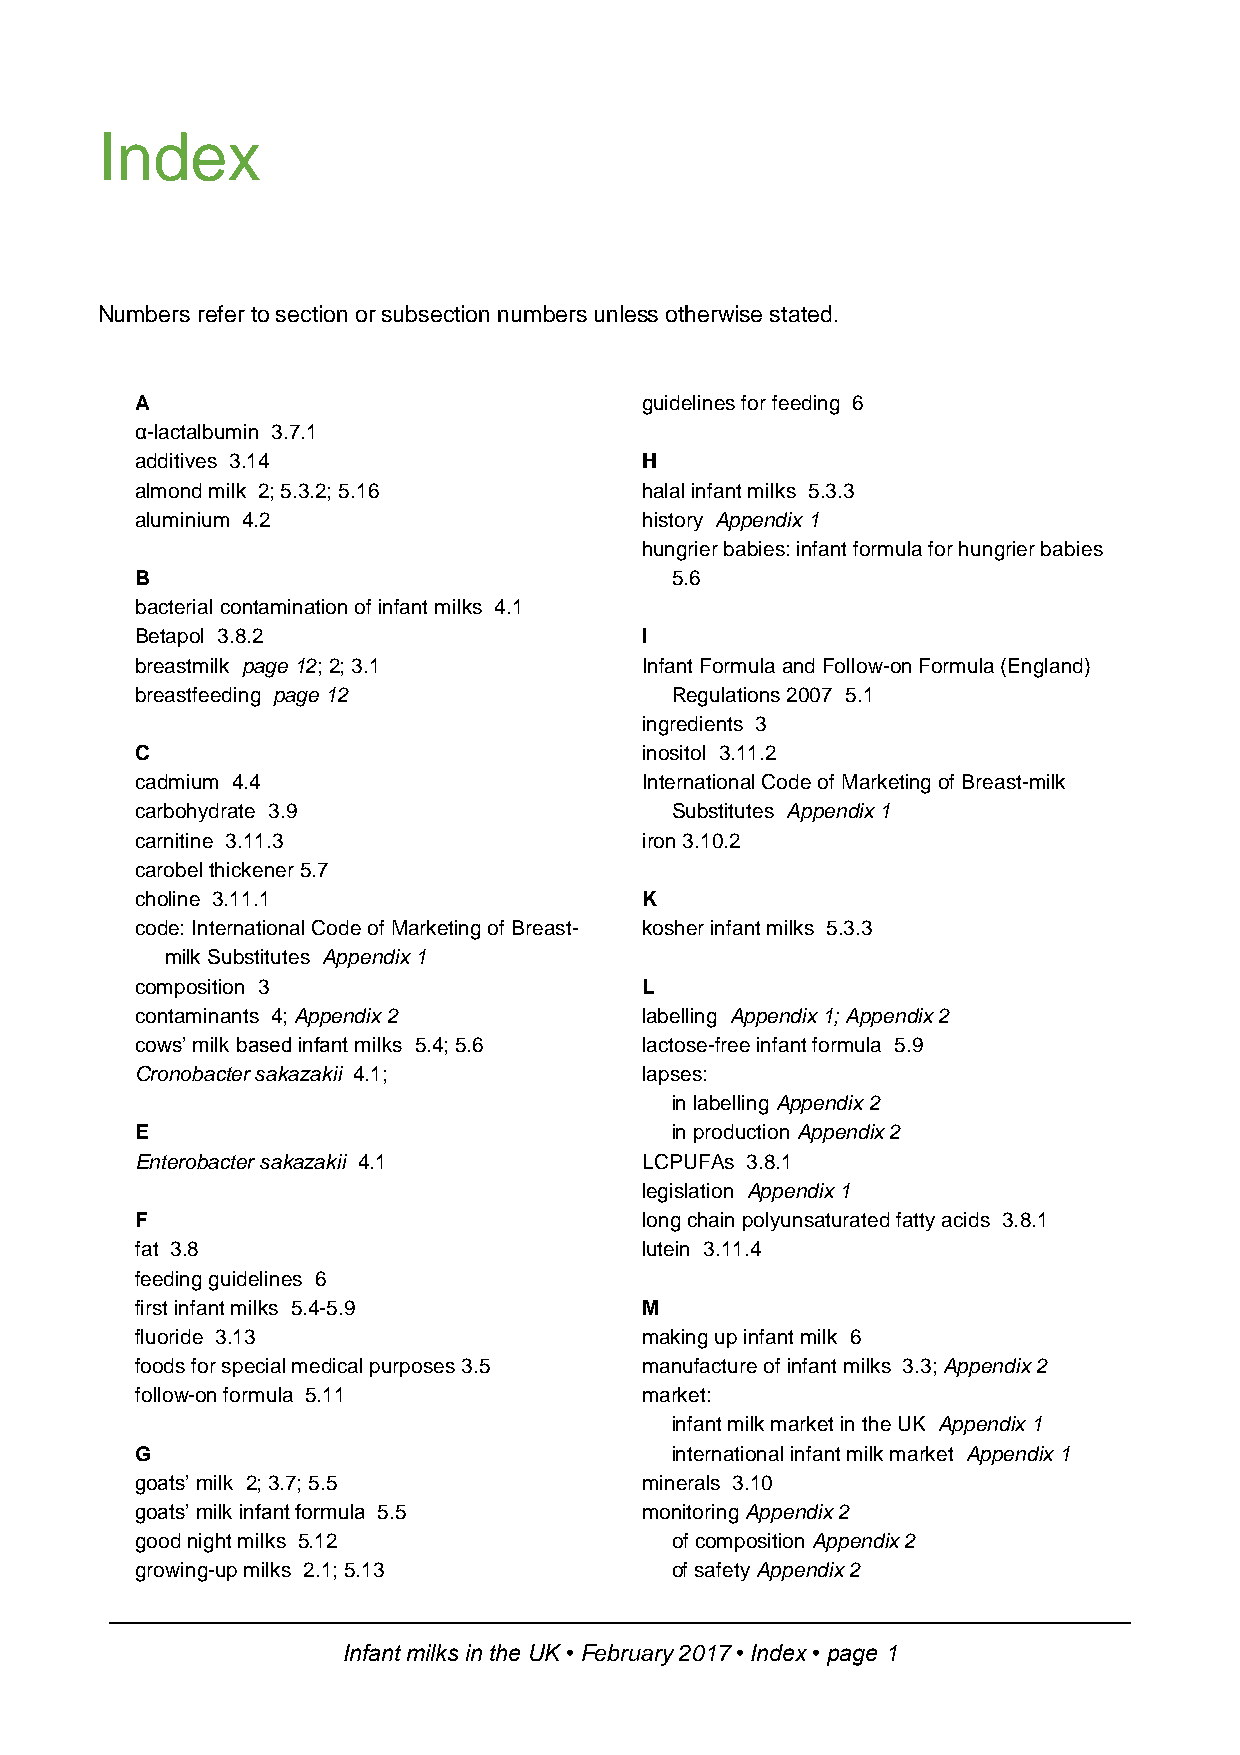
Index
 Numbers refer to section or subsection numbers unless otherwise stated.
 A                                 guidelines for feeding 6
 α-lactalbumin 3.7.1
 additives 3.14                    H
 almond milk 2; 5.3.2; 5.16        halal infant milks 5.3.3
 aluminium 4.2                     history Appendix 1
 hungrier babies: infant formula for hungrier babies
 B                                  5.6
 bacterial contamination of infant milks 4.1
 Betapol 3.8.2                     I
 breastmilk page 12; 2; 3.1        Infant Formula and Follow-on Formula (England)
 breastfeeding page 12              Regulations 2007 5.1
 ingredients 3
 C                                 inositol 3.11.2
 cadmium 4.4                       International Code of Marketing of Breast-milk
 carbohydrate 3.9                   Substitutes Appendix 1
 carnitine 3.11.3                  iron 3.10.2
 carobel thickener 5.7
 choline 3.11.1                    K
 code: International Code of Marketing of Breast- kosher infant milks 5.3.3
 milk Substitutes Appendix 1
 composition 3                     L
 contaminants 4; Appendix 2        labelling Appendix 1; Appendix 2
 cows’ milk based infant milks 5.4; 5.6 lactose-free infant formula 5.9
 Cronobacter sakazakii 4.1;        lapses:
 in labelling Appendix 2
 E                                  in production Appendix 2
 Enterobacter sakazakii 4.1        LCPUFAs 3.8.1
 legislation Appendix 1
 F                                 long chain polyunsaturated fatty acids 3.8.1
 fat 3.8                           lutein 3.11.4
 feeding guidelines 6
 first infant milks 5.4-5.9        M
 fluoride 3.13                     making up infant milk 6
 foods for special medical purposes 3.5 manufacture of infant milks 3.3; Appendix 2
 follow-on formula 5.11            market:
 infant milk market in the UK Appendix 1
 G                                  international infant milk market Appendix 1
 goats’ milk 2; 3.7; 5.5           minerals 3.10
 goats’ milk infant formula 5.5    monitoring Appendix 2
 good night milks 5.12              of composition Appendix 2
 growing-up milks 2.1; 5.13         of safety Appendix 2
 Infant milks in the UK • February 2017 • Index • page 1